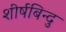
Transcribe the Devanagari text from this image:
शीर्षबिन्दु